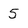
Character: 5